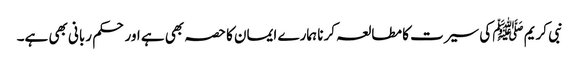
نبی کریم ﷺ کی سیرت کا مطالعہ کرنا ہمارے ایمان کا حصہ بھی ہے اور حکم ربانی بھی ہے۔